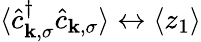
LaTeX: \langle\hat{c}_{{\mathbf{k}},\sigma}^{\dagger}\hat{c}_{{\mathbf{k}},\sigma}\rangle\leftrightarrow\langle z_{1}\rangle